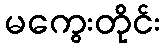
မကွေးတိုင်း